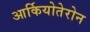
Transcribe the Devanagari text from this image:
आर्कियोतेरोन